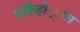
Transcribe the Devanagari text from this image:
पोकैहोन्टास